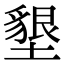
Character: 墾